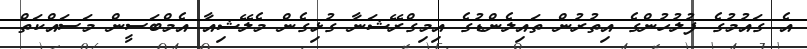
އެ ގައުމުގެ ފުލުހުންގެ އިތުރުން ތައިލެންޑުގެ އިމިގްރޭޝަނާ ގުޅިގެން މެލޭޝިއާ އެމްބަސީން މަސައްކަތް